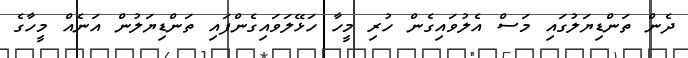
ދެން ތަންޑިޔަލުގައި މަސް އެލުވައިގެން ހުރި މީހާ ހަޅޭލަވައިގެންފައި ތަންޑިޔަލުން އަނެއް މީހާގެ